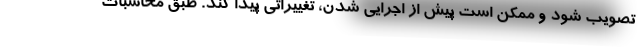
تصویب شود و ممکن است پیش از اجرایی شدن، تغییراتی پیدا کند. طبق محاسبات